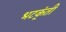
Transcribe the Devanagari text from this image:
भटक्ंती